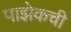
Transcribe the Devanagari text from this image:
पाझेकची